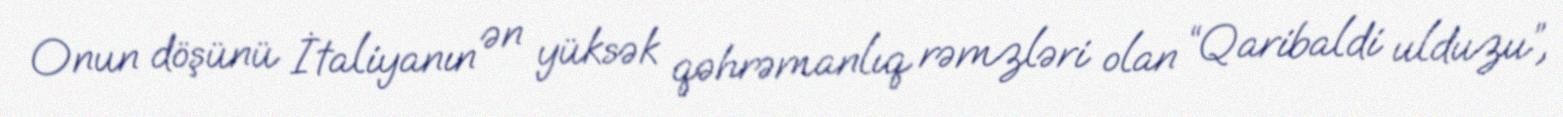
Onun döşünü İtaliyanın ən yüksək qəhrəmanlıq rəmzləri olan “Qaribaldi ulduzu”,